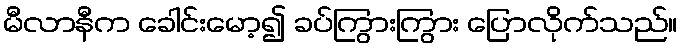
မီလာနီက ခေါင်းမော့၍ ခပ်ကြွားကြွား ပြောလိုက်သည်။